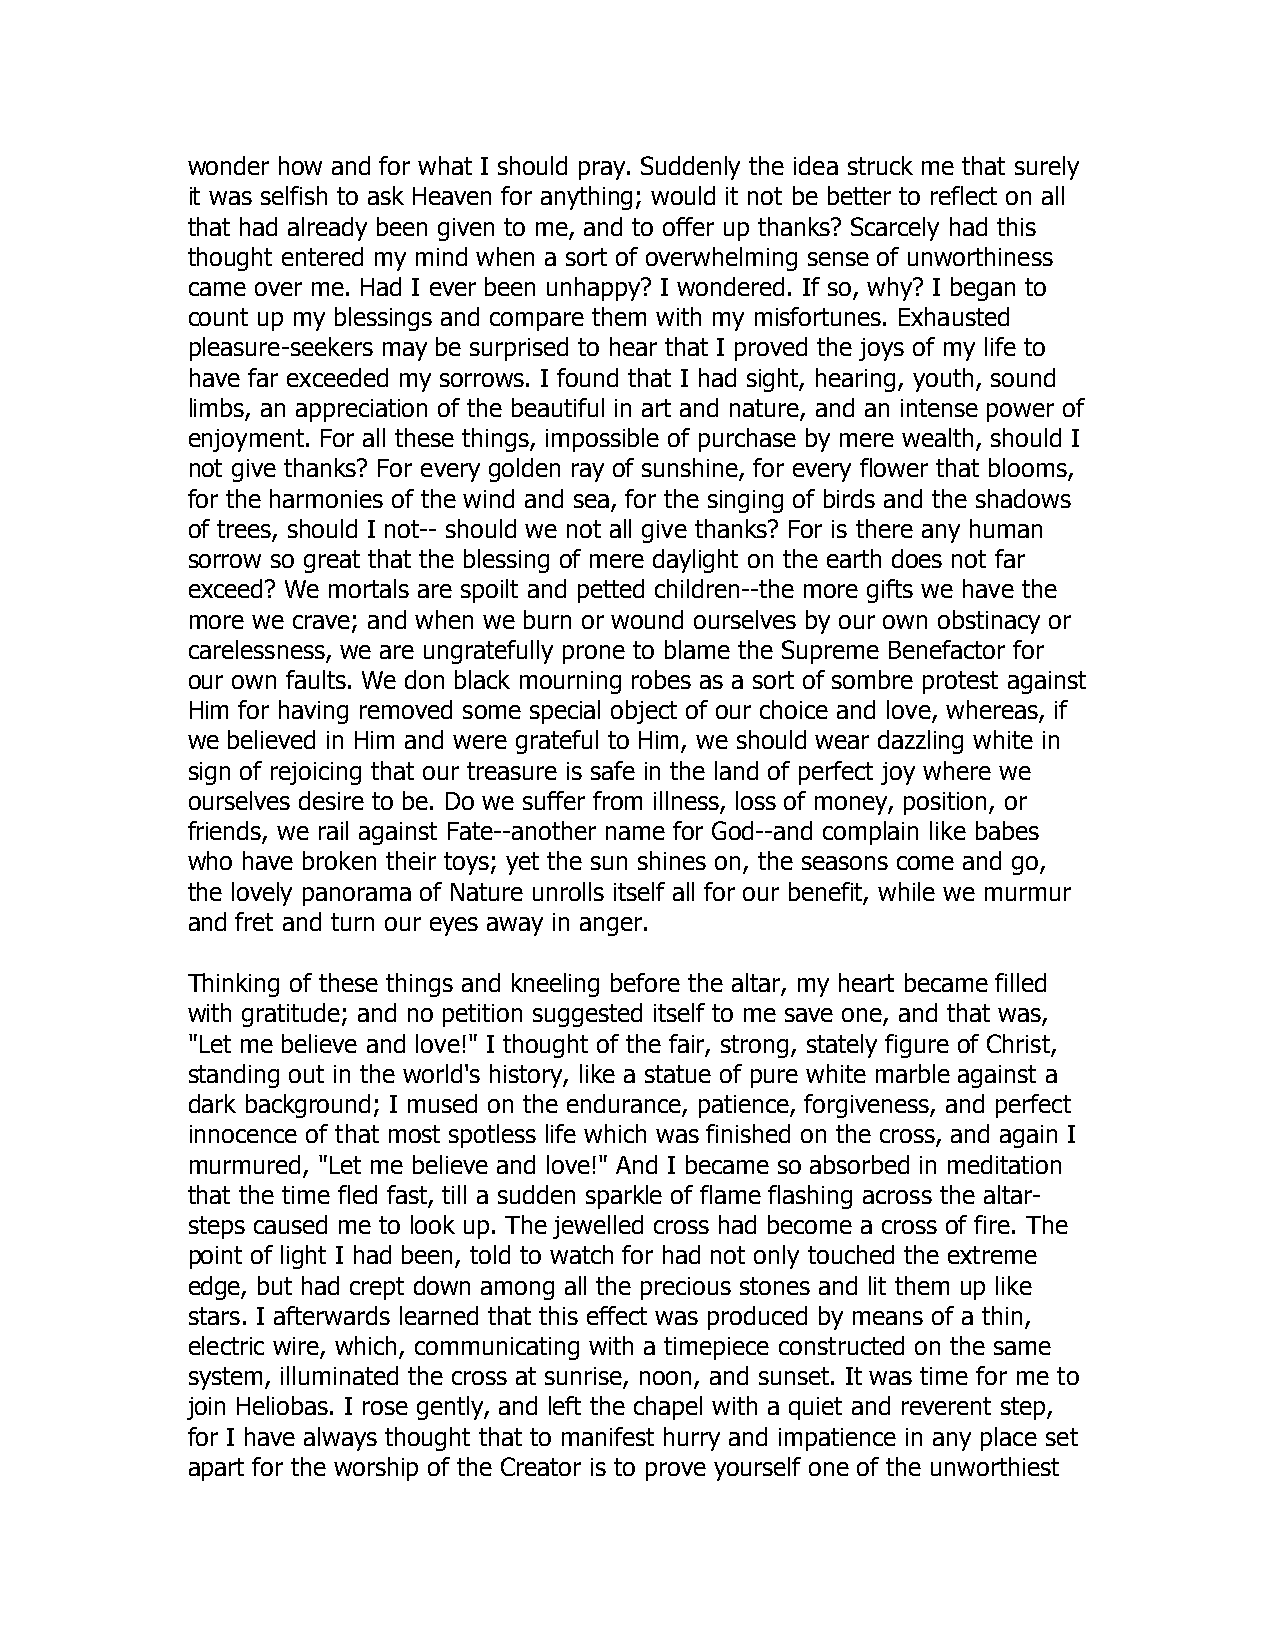
wonder how and for what I should pray. Suddenly the idea struck me that surely
 it was selfish to ask Heaven for anything; would it not be better to reflect on all
 that had already been given to me, and to offer up thanks? Scarcely had this
 thought entered my mind when a sort of overwhelming sense of unworthiness
 came over me. Had I ever been unhappy? I wondered. If so, why? I began to
 count up my blessings and compare them with my misfortunes. Exhausted
 pleasure-seekers may be surprised to hear that I proved the joys of my life to
 have far exceeded my sorrows. I found that I had sight, hearing, youth, sound
 limbs, an appreciation of the beautiful in art and nature, and an intense power of
 enjoyment. For all these things, impossible of purchase by mere wealth, should I
 not give thanks? For every golden ray of sunshine, for every flower that blooms,
 for the harmonies of the wind and sea, for the singing of birds and the shadows
 of trees, should I not-- should we not all give thanks? For is there any human
 sorrow so great that the blessing of mere daylight on the earth does not far
 exceed? We mortals are spoilt and petted children--the more gifts we have the
 more we crave; and when we burn or wound ourselves by our own obstinacy or
 carelessness, we are ungratefully prone to blame the Supreme Benefactor for
 our own faults. We don black mourning robes as a sort of sombre protest against
 Him for having removed some special object of our choice and love, whereas, if
 we believed in Him and were grateful to Him, we should wear dazzling white in
 sign of rejoicing that our treasure is safe in the land of perfect joy where we
 ourselves desire to be. Do we suffer from illness, loss of money, position, or
 friends, we rail against Fate--another name for God--and complain like babes
 who have broken their toys; yet the sun shines on, the seasons come and go,
 the lovely panorama of Nature unrolls itself all for our benefit, while we murmur
 and fret and turn our eyes away in anger.
 Thinking of these things and kneeling before the altar, my heart became filled
 with gratitude; and no petition suggested itself to me save one, and that was,
 "Let me believe and love!" I thought of the fair, strong, stately figure of Christ,
 standing out in the world's history, like a statue of pure white marble against a
 dark background; I mused on the endurance, patience, forgiveness, and perfect
 innocence of that most spotless life which was finished on the cross, and again I
 murmured, "Let me believe and love!" And I became so absorbed in meditation
 that the time fled fast, till a sudden sparkle of flame flashing across the altar-
 steps caused me to look up. The jewelled cross had become a cross of fire. The
 point of light I had been, told to watch for had not only touched the extreme
 edge, but had crept down among all the precious stones and lit them up like
 stars. I afterwards learned that this effect was produced by means of a thin,
 electric wire, which, communicating with a timepiece constructed on the same
 system, illuminated the cross at sunrise, noon, and sunset. It was time for me to
 join Heliobas. I rose gently, and left the chapel with a quiet and reverent step,
 for I have always thought that to manifest hurry and impatience in any place set
 apart for the worship of the Creator is to prove yourself one of the unworthiest